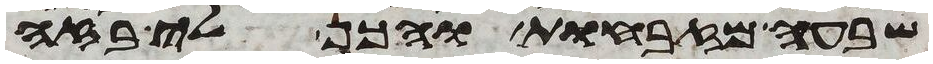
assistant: שבעה מזבחות והכן לי בזה